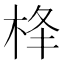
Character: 𪲋